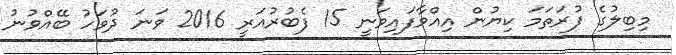
މިބިލުގެ ފުރަތަމަ ކިޔުން އިއްވާފައިވަނީ 15 ފެބުރުއަރީ 2016 ވަނަ ދުވަހު ބޭއްވުނު